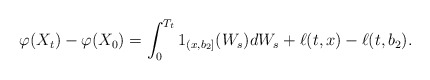
\begin{align*}\varphi(X_t)-\varphi(X_0)=\int_0^{T_t}1_{(x,b_2]}(W_s)dW_s+\ell(t,x)-\ell(t,b_2). \end{align*}